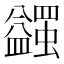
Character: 𧔈